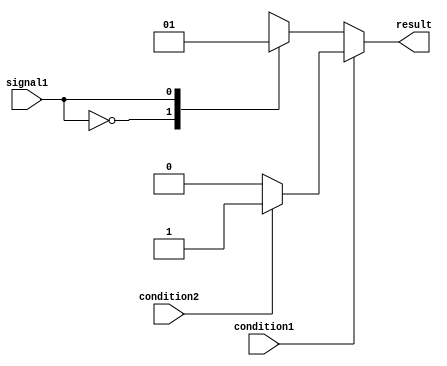
module conditional_statements(
    input wire condition1,
    input wire condition2,
    input wire signal1,
    output reg result
);

initial begin
    if (condition1) begin
        if (condition2) begin
            result = 1'b1;
        end else begin
            result = 1'b0;
        end
    end else begin
        case(signal1)
            2'b00: result = 1'b0;
            2'b01: result = 1'b1;
            2'b10: result = 1'b1;
            2'b11: result = 1'b0;
            default: result = 1'b0;
        endcase
    end
end

endmodule